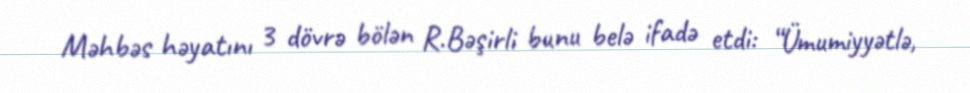
Məhbəs həyatını 3 dövrə bölən R.Bəşirli bunu belə ifadə etdi: “Ümumiyyətlə,